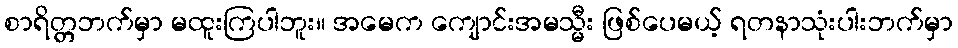
စာရိတ္တဘက်မှာ မထူးကြပါဘူး။ အမေက ကျောင်းအမသ္မီး ဖြစ်ပေမယ့် ရတနာသုံးပါးဘက်မှာ